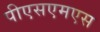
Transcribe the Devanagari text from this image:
पीएसएमएस